Lunatic asylums Central Provinces reports 1886-1894 - 1886-1894
Year: 1886
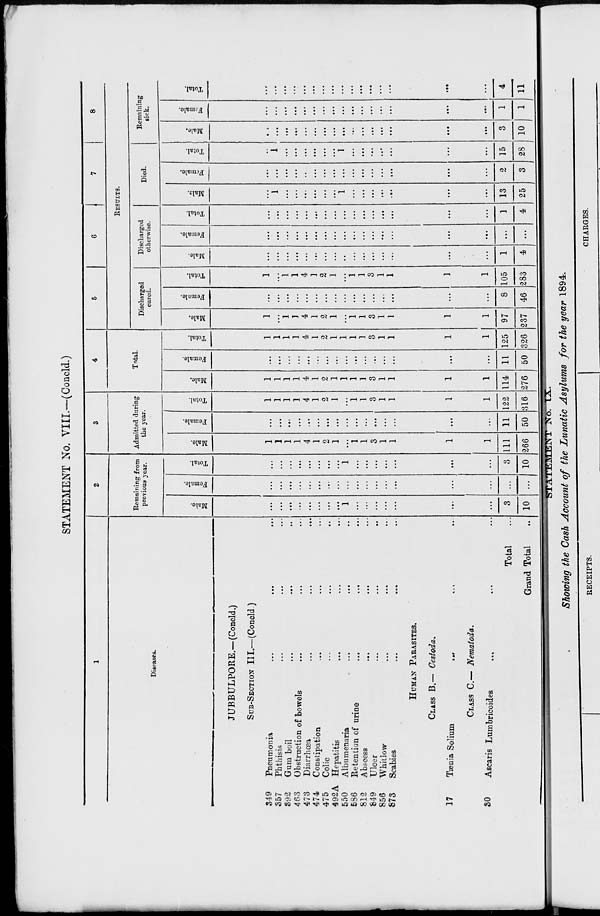
STATEMENT No. VIII.—(Concld.)
1
Diseases.
JUBBULPORE.—(Concld.)
SUB-SECTION III.—(Concld.)
349
357
392
463
473
474
475
492A
550
586
812
849
856
873
Pneumonia ... ... ...
Phthisis ... ... ...
Gum boil ... ... ...
Obstruction of bowels ... ... ...
Diarrhœa
...
...
...
Constipation ... ... ...
Colic ... ... ...
Hepatitis ... ... ...
Albumenaria ... ... ...
Retention of urine ... ... ...
Abscess ... ... ...
Ulcer ... ... ...
Whitlow ... ... ...
Scabies ... ... ...
HUMAN PARASITES.
CLASS B.— Cestoda.
17
Tænia Solium
...
...
...
CLASS C.— Nematoda
30
Ascaris Lumbricoides ... ... ...
Total ...
Grand Total ...
2
Remaining from
previous year.
Male.
...
...
...
...
...
...
...
...
1
...
...
...
...
...
...
...
3
10
Female.
...
...
...
...
...
...
...
...
...
...
...
...
...
...
...
...
...
...
Total.
...
...
...
...
...
...
...
...
1
...
...
...
...
...
...
...
3
10
3
Admitted during
the year.
Male.
1
1
1
1
4
1
2
1
...
1
1
3
1
1
1
1
111
266
Female.
...
...
...
...
...
...
...
...
...
...
...
...
...
...
...
...
11
50
Total.
1
1
1
1
4
1
2
1
...
1
1
3
1
1
1
1
122
316
4
Total.
Male.
1
1
1
1
4
1
2
1
1
1
1
3
1
1
1
1
114
276
Female.
...
...
...
...
...
...
...
...
...
...
...
...
...
...
...
...
11
50
Total.
1
1
1
1
4
1
2
1
1
1
1
3
1
1
1
1
125
326
5
6
7
8
RESULTS.
Discharged
cured.
Male.
1
...
1
1
4
1
2
1
...
1
1
3
1
1
1
1
97
237
Female.
...
...
...
...
...
...
...
...
...
...
...
...
...
...
...
...
8
46
Total.
1
...
1
1
4
1
2
1
...
1
1
3
1
1
1
1
105
283
Discharged
otherwise.
Male.
...
...
...
...
...
...
...
...
...
...
...
...
...
...
...
...
1
4
Female.
...
...
...
...
...
...
...
...
...
...
...
...
...
...
...
...
...
...
Total.
...
...
...
...
...
...
...
...
...
...
...
...
...
...
...
...
1
4
Died.
Male.
...
1
...
...
...
...
...
...
1
...
...
...
...
...
...
...
13
25
Female.
...
...
...
...
...
...
...
...
...
...
...
...
...
...
...
...
2
3
Total.
...
1
...
...
...
...
...
...
1
...
...
...
...
...
...
...
15
28
Remaining
sick.
Male.
...
...
...
...
...
...
...
...
...
...
...
...
...
...
...
...
3
10
Female.
...
...
...
...
...
...
...
...
...
...
...
...
...
...
...
...
1
1
Total.
...
...
...
...
...
...
...
...
...
...
...
...
...
...
...
...
4
11